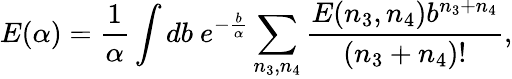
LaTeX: E(\alpha)={\frac{1}{\alpha}}\int db\ e^{-{\frac{b}{\alpha}}}\sum_{n_{3},n_{4}}{\frac{E(n_{3},n_{4})b^{n_{3}+n_{4}}}{(n_{3}+n_{4})!}},